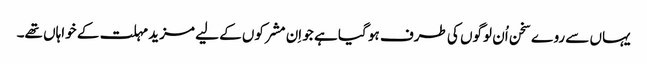
یہاں سے روے سخن اُن لوگوں کی طرف ہو گیا ہے جو اِن مشرکوں کے لیے مزید مہلت کے خواہاں تھے۔